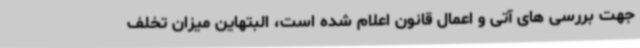
جهت بررسی های آتی و اعمال قانون اعلام شده است، البتهاین میزان تخلف